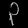
Digit: ၃